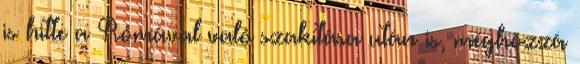
is hitte a Rómával való szakítása után is, méghozzá